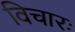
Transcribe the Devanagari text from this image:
विचारः